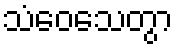
သံဝေသေတွာ